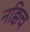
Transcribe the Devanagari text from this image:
नक्किच